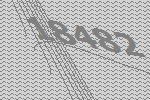
18482